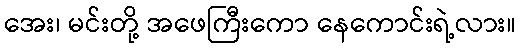
အေး၊ မင်းတို့ အဖေကြီးကော နေကောင်းရဲ့လား။